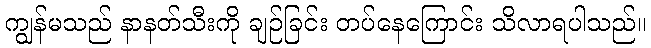
ကျွန်မသည် နာနတ်သီးကို ချဉ်ခြင်း တပ်နေကြောင်း သိလာရပါသည်။